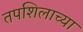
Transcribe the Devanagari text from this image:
तपशिलाच्या